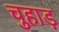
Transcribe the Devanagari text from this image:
चुहाड़